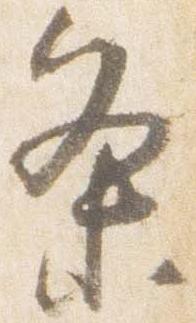
条